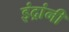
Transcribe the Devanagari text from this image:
इंद्रांनी